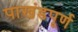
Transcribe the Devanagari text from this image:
पाखंडपूर्ण